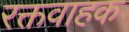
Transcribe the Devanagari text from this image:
रक्तवाहक